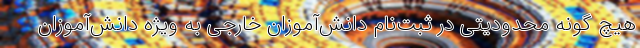
هیچ گونه محدودیتی در ثبت‌نام دانش‌آموزان خارجی به ویژه دانش‌آموزان